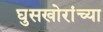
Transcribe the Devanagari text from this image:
घुसखोरांच्या